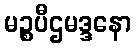
မဉ္စပီဌမဒ္ဒနော